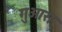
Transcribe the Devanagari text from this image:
गुआस